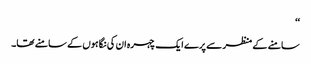
‘‘
سامنے کے منظر سے پرے ایک چہرہ ان کی نگاہوں کے سامنے تھا۔